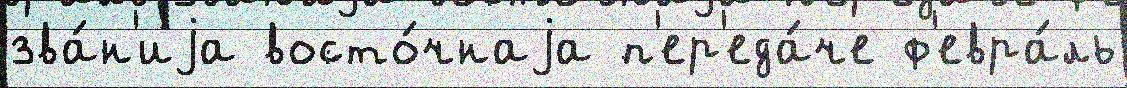
зва́н'иjа восто́чнаjа п'ер'еда́че ф'евра́ль